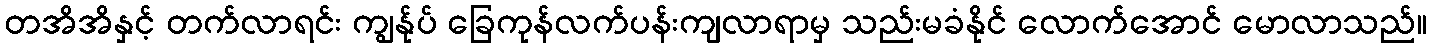
တအိအိနှင့် တက်လာရင်း ကျွန်ုပ် ခြေကုန်လက်ပန်းကျလာရာမှ သည်းမခံနိုင် လောက်အောင် မောလာသည်။